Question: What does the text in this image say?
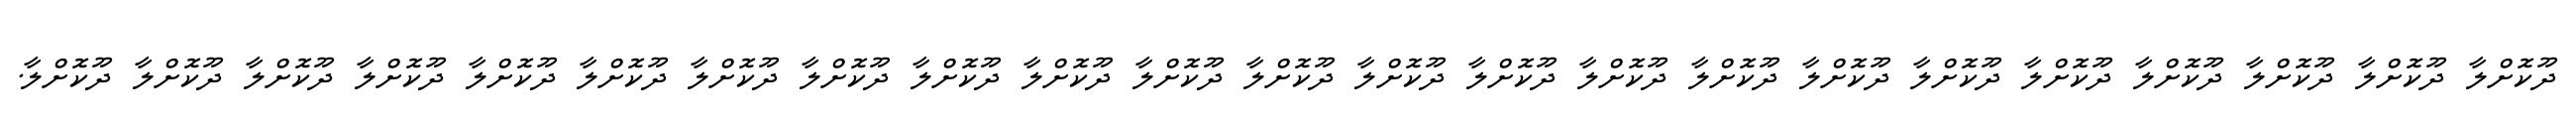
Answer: ދޫކޮށްލާ ދޫކޮށްލާ ދޫކޮށްލާ ދޫކޮށްލާ ދޫކޮށްލާ ދޫކޮށްލާ ދޫކޮށްލާ ދޫކޮށްލާ ދޫކޮށްލާ ދޫކޮށްލާ ދޫކޮށްލާ ދޫކޮށްލާ ދޫކޮށްލާ ދޫކޮށްލާ ދޫކޮށްލާ ދޫކޮށްލާ ދޫކޮށްލާ ދޫކޮށްލާ ދޫކޮށްލާ ދޫކޮށްލާ ދޫކޮށްލާ ދޫކޮށްލާ ދޫކޮށްލާ.